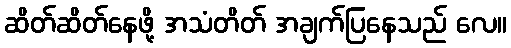
ဆိတ်ဆိတ်နေဖို့ အသံတိတ် အချက်ပြနေသည် လေ။